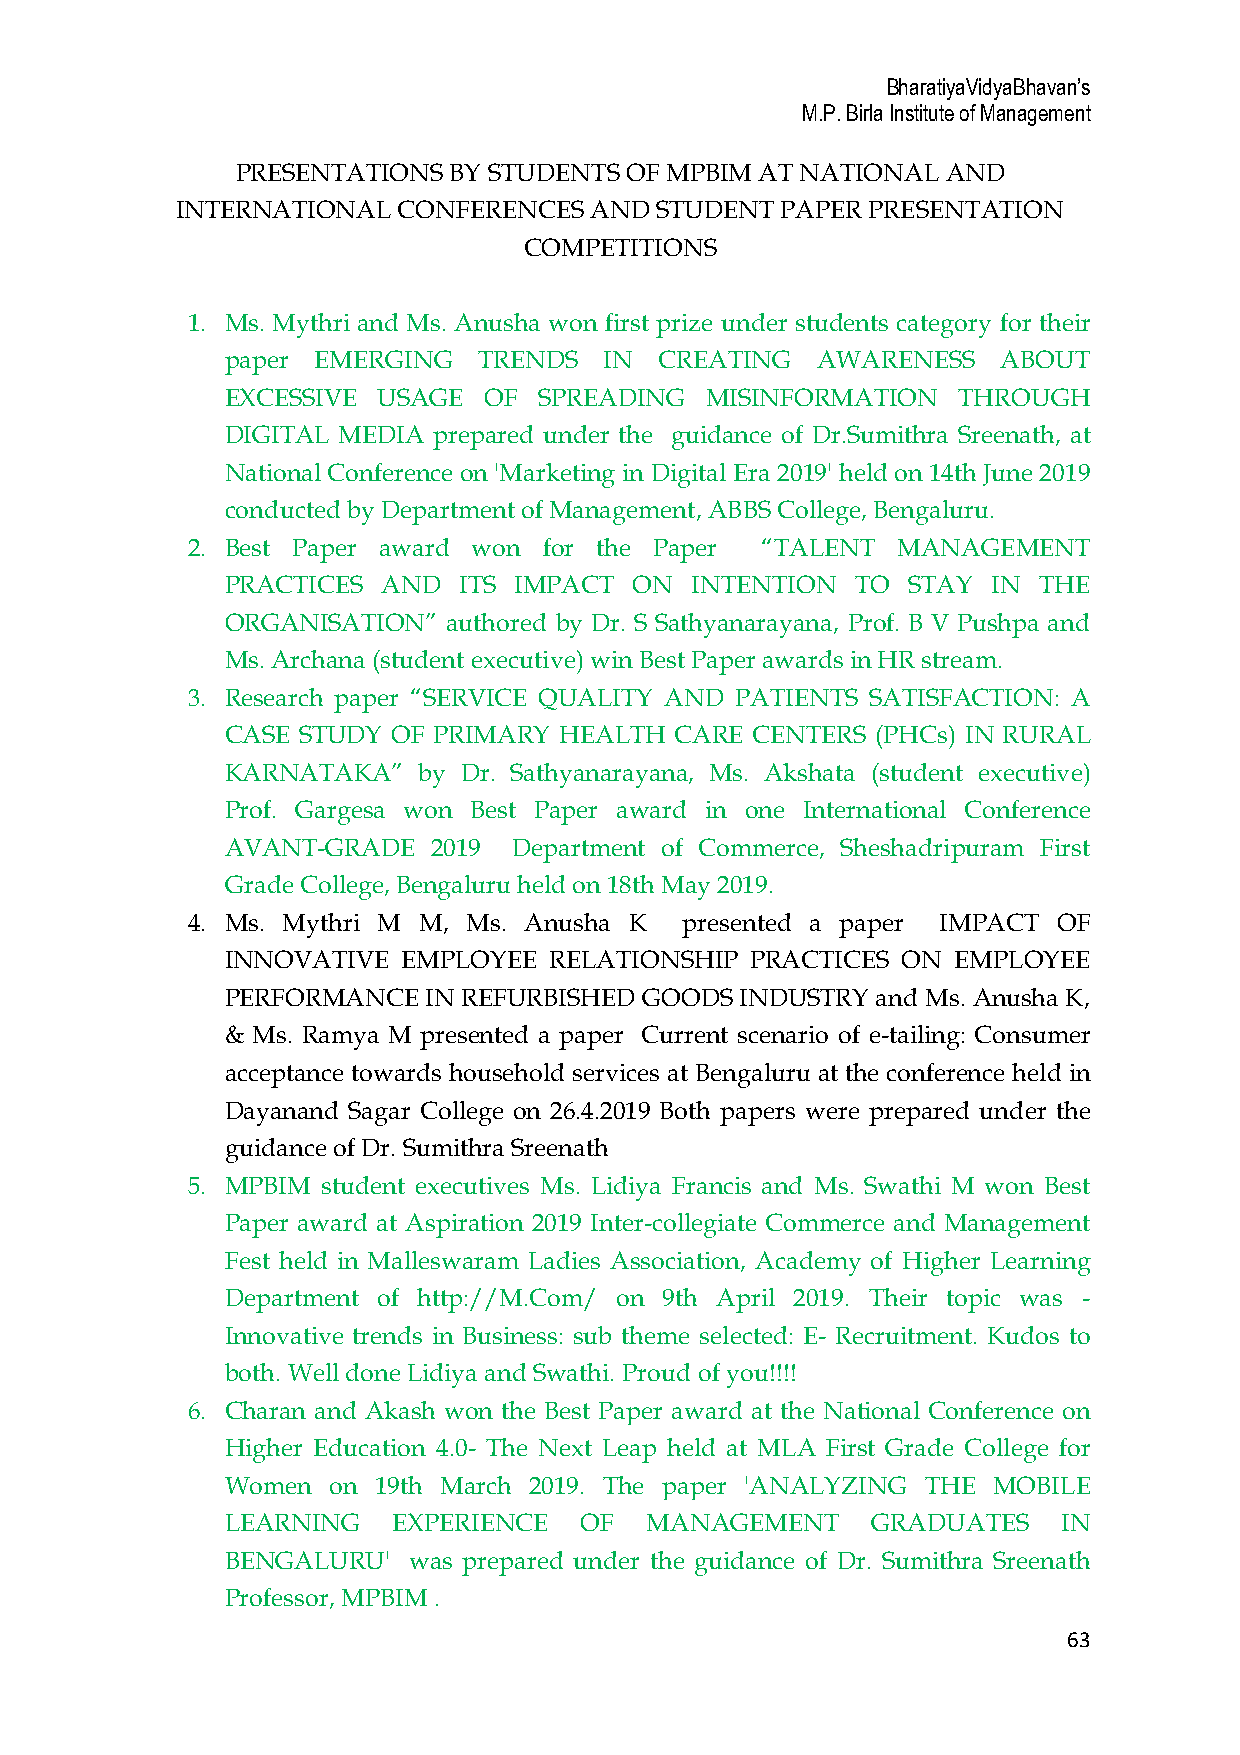
BharatiyaVidyaBhavan’s
 M.P. Birla Institute of Management
 PRESENTATIONS BY STUDENTS OF MPBIM AT NATIONAL AND
 INTERNATIONAL CONFERENCES  AND STUDENT  PAPER PRESENTATION
 COMPETITIONS
 1. Ms. Mythri and Ms. Anusha won first prize under students category for their
 paper EMERGING   TRENDS  IN  CREATING  AWARENESS   ABOUT
 EXCESSIVE USAGE  OF  SPREADING  MISINFORMATION  THROUGH
 DIGITAL MEDIA prepared under the guidance of Dr.Sumithra Sreenath, at
 National Conference on 'Marketing in Digital Era 2019' held on 14th June 2019
 conducted by Department of Management, ABBS College, Bengaluru.
 2. Best Paper award won for the Paper “TALENT  MANAGEMENT
 PRACTICES AND  ITS IMPACT  ON  INTENTION  TO STAY  IN THE
 ORGANISATION”  authored by Dr. S Sathyanarayana, Prof. B V Pushpa and
 Ms. Archana (student executive) win Best Paper awards in HR stream.
 3. Research paper “SERVICE QUALITY AND PATIENTS SATISFACTION: A
 CASE STUDY OF PRIMARY HEALTH  CARE CENTERS (PHCs) IN RURAL
 KARNATAKA”   by Dr. Sathyanarayana, Ms. Akshata (student executive)
 Prof. Gargesa won Best Paper award in one International Conference
 AVANT-GRADE   2019 Department of Commerce, Sheshadripuram First
 Grade College, Bengaluru held on 18th May 2019.
 4. Ms. Mythri M M, Ms. Anusha K  presented a paper IMPACT OF
 INNOVATIVE  EMPLOYEE RELATIONSHIP  PRACTICES ON EMPLOYEE
 PERFORMANCE  IN REFURBISHED GOODS INDUSTRY and Ms. Anusha K,
 & Ms. Ramya M presented a paper Current scenario of e-tailing: Consumer
 acceptance towards household services at Bengaluru at the conference held in
 Dayanand Sagar College on 26.4.2019 Both papers were prepared under the
 guidance of Dr. Sumithra Sreenath
 5. MPBIM student executives Ms. Lidiya Francis and Ms. Swathi M won Best
 Paper award at Aspiration 2019 Inter-collegiate Commerce and Management
 Fest held in Malleswaram Ladies Association, Academy of Higher Learning
 Department of http://M.Com/ on 9th April 2019. Their topic was -
 Innovative trends in Business: sub theme selected: E- Recruitment. Kudos to
 both. Well done Lidiya and Swathi. Proud of you!!!!
 6. Charan and Akash won the Best Paper award at the National Conference on
 Higher Education 4.0- The Next Leap held at MLA First Grade College for
 Women  on 19th March 2019. The paper 'ANALYZING THE MOBILE
 LEARNING   EXPERIENCE  OF   MANAGEMENT     GRADUATES   IN
 BENGALURU'  was prepared under the guidance of Dr. Sumithra Sreenath
 Professor, MPBIM .
 63